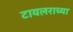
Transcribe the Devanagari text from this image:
टायलराच्या